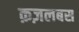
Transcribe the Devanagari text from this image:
क़ज़लबस